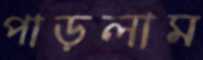
পাড়লাম